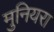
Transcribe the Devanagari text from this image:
मुनियरा